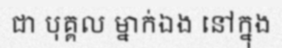
ជា បុគ្គល ម្នាក់ឯង នៅក្នុង